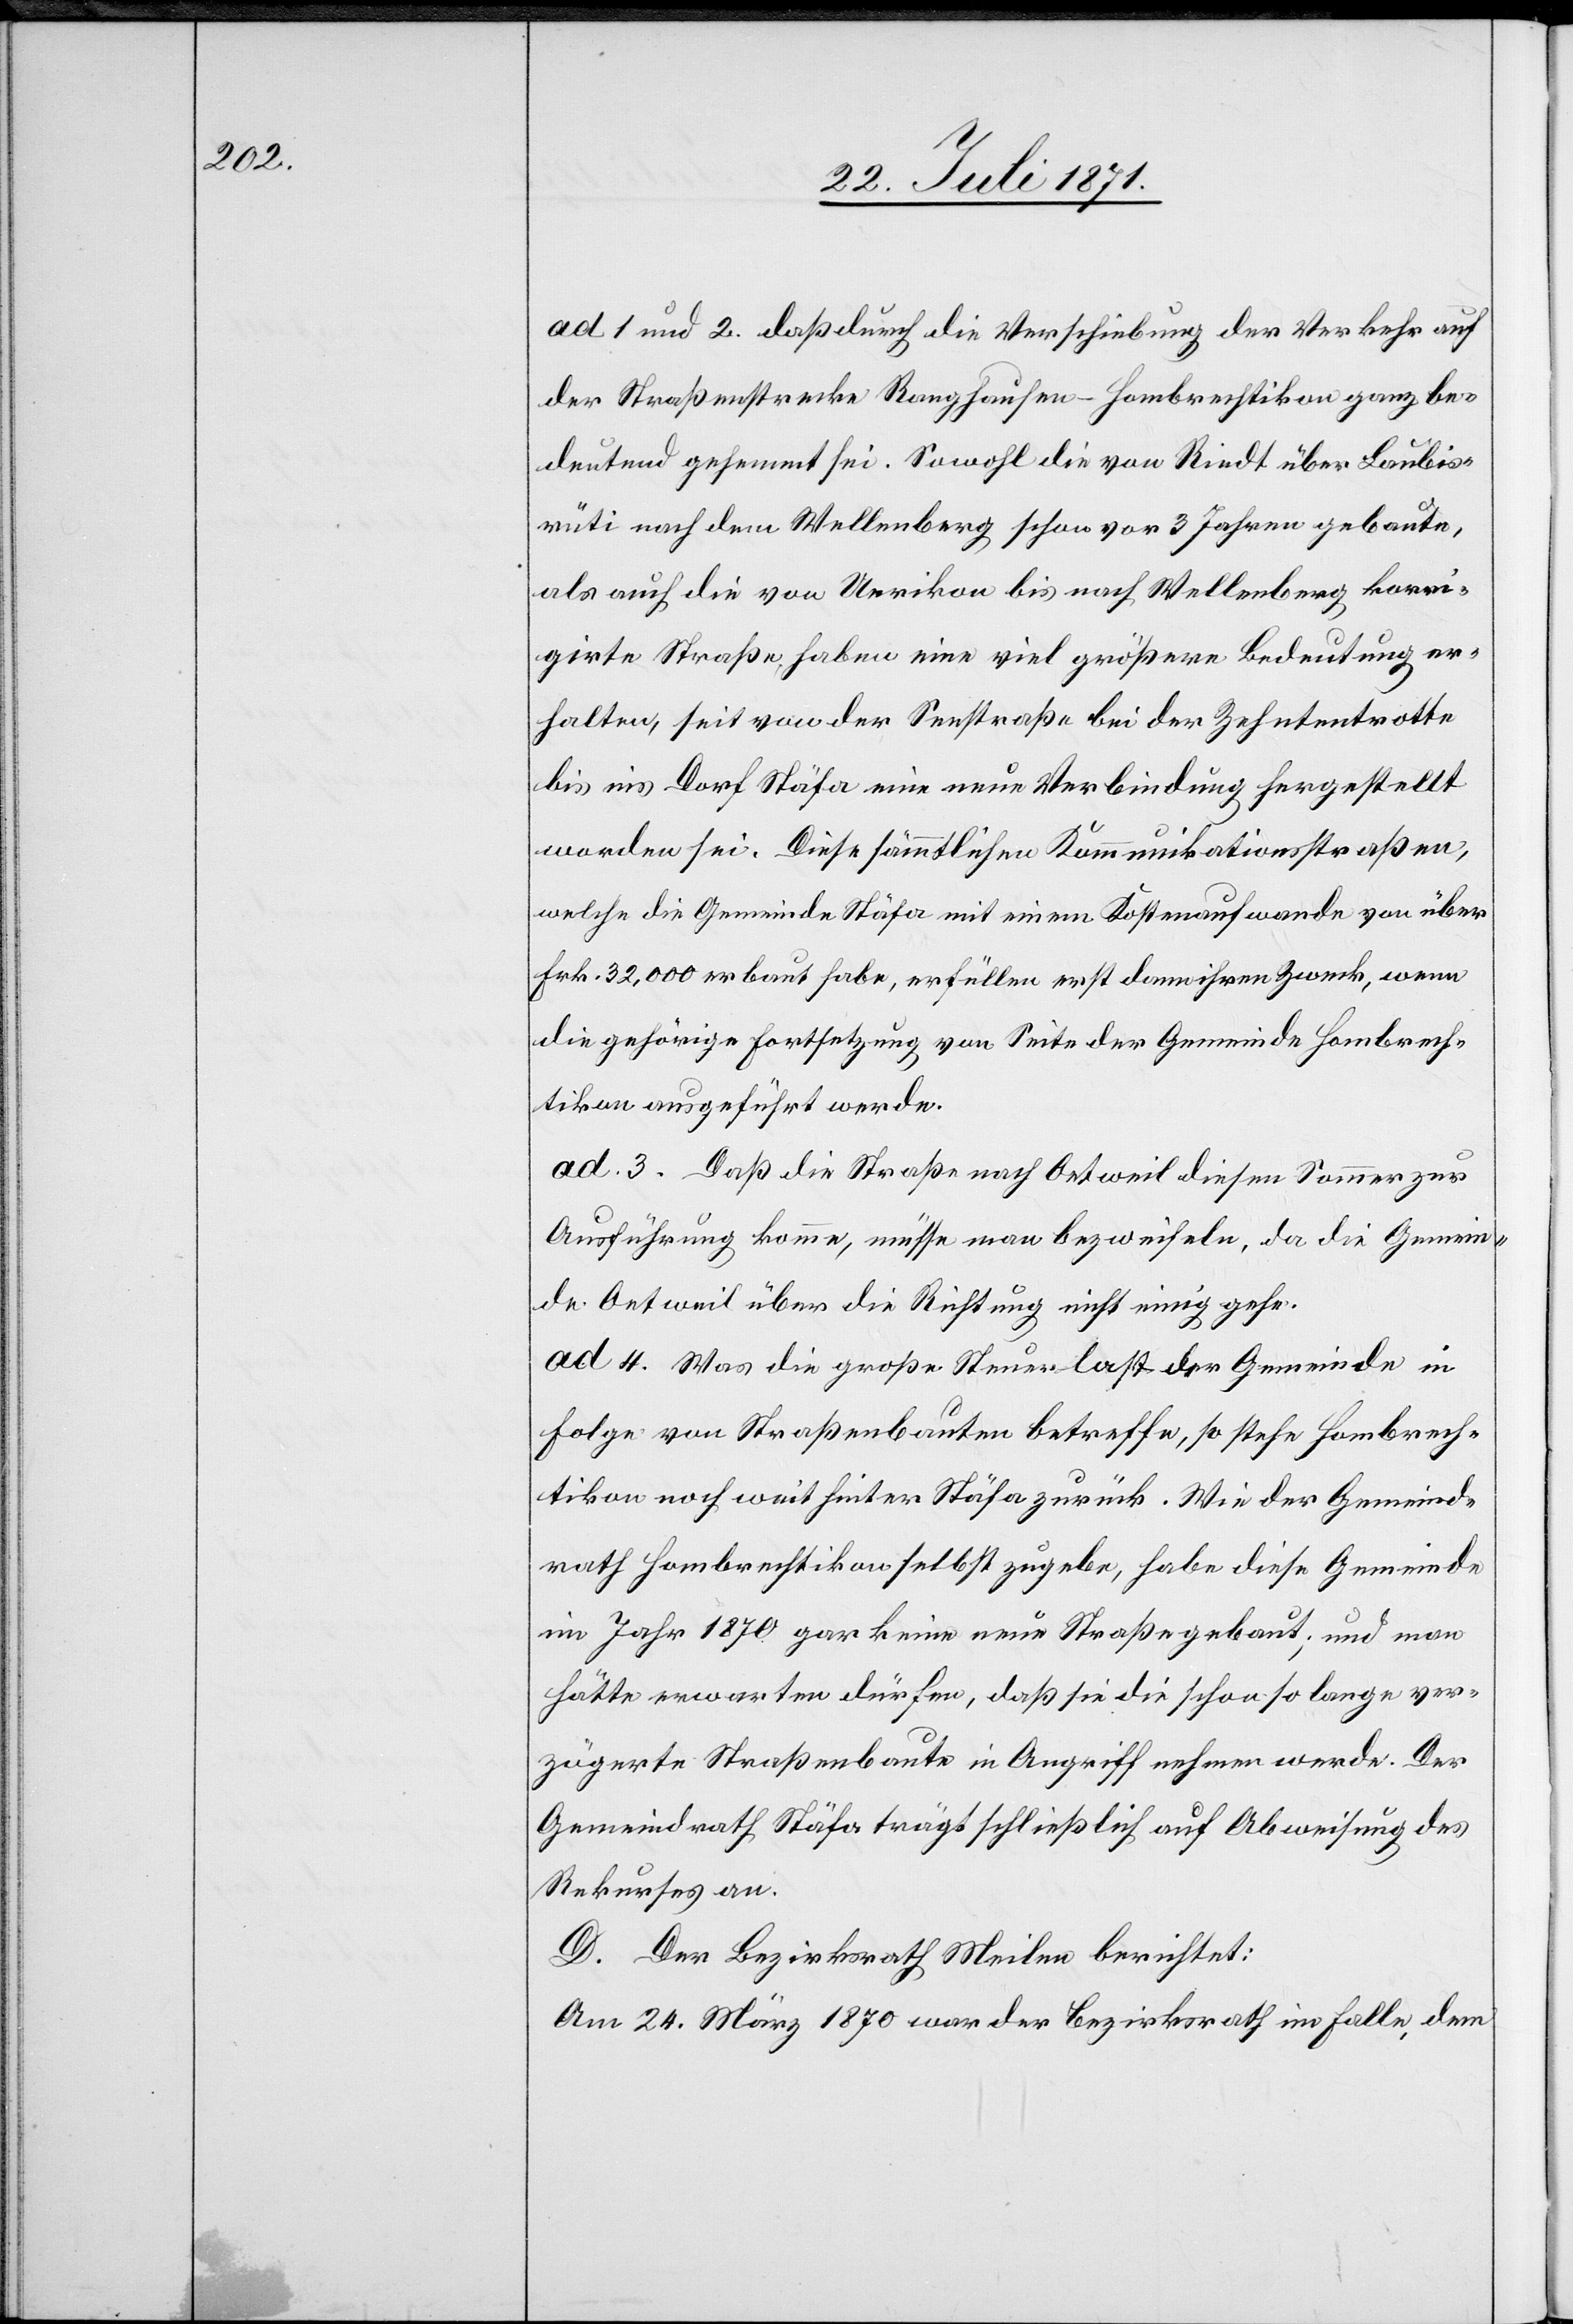
ad 1 und 2. daß durch die Verschiebung der Verkehr auf
der Straßenstrecke Ranghausen-Hombrechtikon ganz be¬
deutend gehemmt sei. Sowohl die von Riedt über Laubis¬
rüti nach dem Wellenberg schon vor 3 Jahren gebaute,
als auch die von Uerikon bis nach Wellenberg korri¬
girte Straße, haben eine viel größere Bedeutung er¬
halten, seit von der Seestraße bei der Zehntentrotte
bis ins Dorf Stäfa eine neue Verbindung hergestellt
worden sei. Diese sämmtlichen Kommunikationsstraßen,
welche die Gemeinde Stäfa mit einem Kostenaufwande von über
Frk. 32,000 erbaut habe, erfüllen erst dann ihren Zweck, wenn
die gehörige Fortsetzung von Seite der Gemeinde Hombrech¬
tikon ausgeführt werde.
ad. 3. Daß die Straße nach Oetweil diesen Sommer zur
Ausführung komme, müsse man bezweifeln, da die Gemein¬
de Oetweil über die Richtung nicht einig gehe.
ad 4. Was die große Steuerlast der Gemeinde in
Folge von Straßenbauten betreffe, so stehe Hombrech¬
tikon noch weit hinter Stäfa zurück. Wie der Gemeind¬
rath Hombrechtikon selbst zugebe, habe diese Gemeinde
im Jahr 1870 gar keine neue Straße gebaut; und man
hätte erwarten dürfen, daß sie die schon so lange ver¬
zögerte Straßenbaute in Angriff nehmen werde. Der
Gemeindrath Stäfa trägt schließlich auf Abweisung des
Rekurses an.
D. Der Bezirksrath Meilen berichtet:
Am 24. März 1870 war der Bezirksrath im Falle, dem